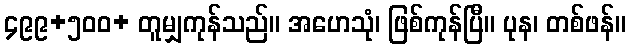
၄၉၉+၅၀၀+ တူမျှကုန်သည်။ အဟေသုံ၊ ဖြစ်ကုန်ပြီ။ ပုန၊ တစ်ဖန်။